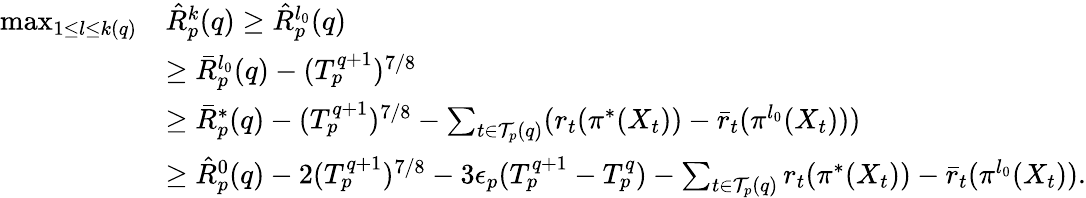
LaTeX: \begin{array}{rl}{\operatorname*{max}_{1\leq l\leq k(q)}}&{\hat{R}_{p}^{k}(q)\geq\hat{R}_{p}^{l_{0}}(q)}\\ &{\geq\bar{R}_{p}^{l_{0}}(q)-(T_{p}^{q+1})^{7/8}}\\ &{\geq\bar{R}_{p}^{*}(q)-(T_{p}^{q+1})^{7/8}-\sum_{t\in\mathcal{T}_{p}(q)}(r_{t}(\pi^{*}(X_{t}))-\bar{r}_{t}(\pi^{l_{0}}(X_{t})))}\\ &{\geq\hat{R}_{p}^{0}(q)-2(T_{p}^{q+1})^{7/8}-3\epsilon_{p}(T_{p}^{q+1}-T_{p}^{q})-\sum_{t\in\mathcal{T}_{p}(q)}r_{t}(\pi^{*}(X_{t}))-\bar{r}_{t}(\pi^{l_{0}}(X_{t})).}\end{array}